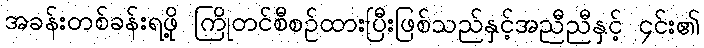
အခန်းတစ်ခန်းရဖို့ ကြိုတင်စီစဉ်ထားပြီးဖြစ်သည်နှင့်အညီညီနှင့် ၄င်း၏